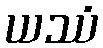
ယဿံ